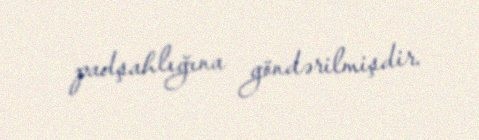
padşahlığına göndərilmişdir.